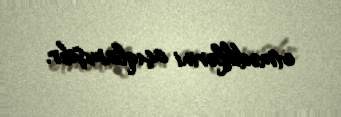
etmədiklərini açıqlamışdır.